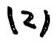
$(2)$